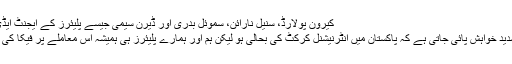
کیرون پولارڈ، سنیل نارائن، سموئل بدری اور ڈیرن سیمی جیسے پلیئرز کے ایجنٹ ایڈی ٹولچرڈ کا کہنا ہے کہ ’’
ہمارے کھلاڑیوں میں یہ شدید خواہش پائی جاتی ہے کہ پاکستان میں انٹرنیشنل کرکٹ کی بحالی ہو لیکن ہم اور ہمارے پلیئرز ہی ہمیشہ اس معاملے پر فیکا کی رائے کو اہمیت دیں گے‘‘۔